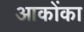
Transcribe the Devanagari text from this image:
आकोंका